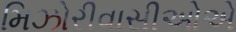
મિઝોરીવાસીઓએ